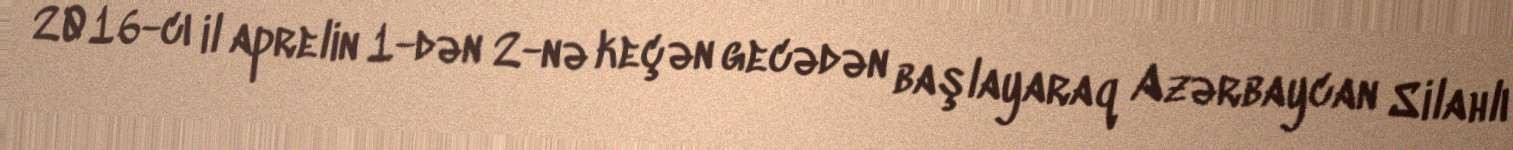
2016-cı il aprelin 1-dən 2-nə keçən gecədən başlayaraq Azərbaycan Silahlı